Annual report on the working of the mental hospitals in the Madras Presidency - 1912-1932
Year: 1912
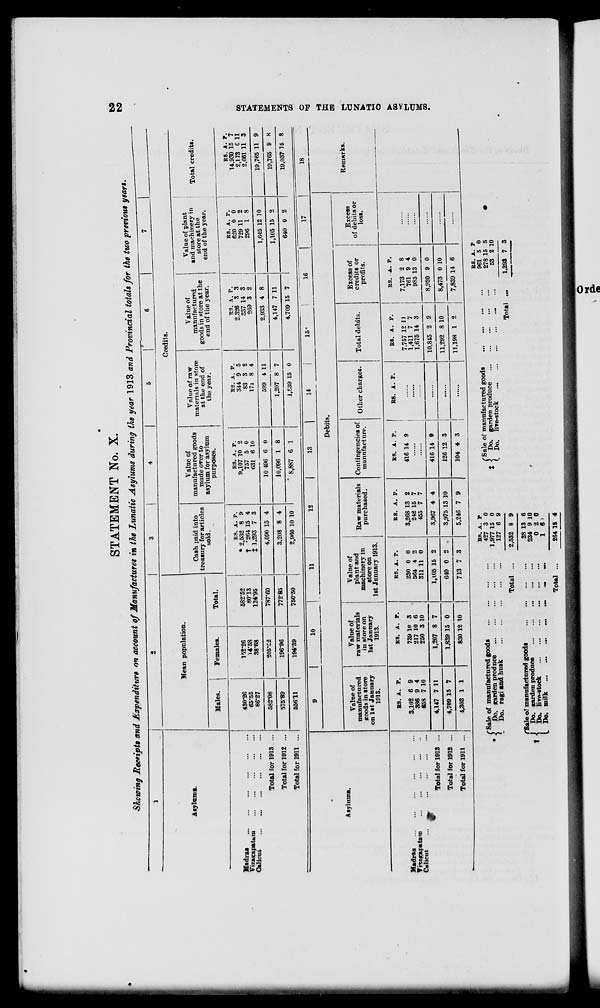
I
STATEMENT No. X.
Skewing Receipts and Expenditure on account of Manufactures in the Lunatic Asylums during the year 1913 and Provincial totals for the two previous years-
1
2
3
1
*
1
6
7
Mean population.
Credits.
Aayloma.
Cash paid into
treasury for articles
sold.
Value of
manufactured goods
made over to
asylum for asylum
purposes.
Value of raw
materials in store
at the end of
the year.
Value of
manufactured
goods in store at the
end of the year.
1
Value of plant
and machinery in
Total cre dits.
store at the
end of the year.
Males.
1
Females.
Total.
1
Madias
Vizaeapatara
Caliciu
".
430*26
65'55
86*27
152-26
14-58
38*68
582-52
80-13
124*95
RS. A. P.
• 2,532 8 9
t '264 15 4
t 1,293 7 »
RS. A. P.
9.107 10 2
757 5 0
631 6 10
RS. A. P.
344 9 5
83 3 2
171 8 4
RS. A. P.
2,326 3 3
337 14 3
269 3 2
RS. A. P.
620 0 0
729 11 2
296 1 8
RS. A. 7.
14,930 15 7
2,173 Cll
2,661 11 3
Total for 1913 ...
582*08
205-C2
787-60
4,090 15 4
10 496 6 0
599 4 11
2,933 4 8
1,645 12 10
19,765 11 9
Total for 1912 ...
575-89
196-96
772-85
3.208 8 4
10,096 1 8
1,207 8 7
4,147 7 11
1,105 15 2
19,765 9 8
Total for 1911 ...
556*11
194-39
750-50
2,960 10 10
8,887 6 1
1,839 15 0
4,709 15 7
640 0 2
19,037 15 8
(Sale of manufactured goods
• < Do. garden produce
*. Do. ragi and husk
KS. A. P
427 3 0
1,977 15 0
127 6 9
(Sale of manufactured goods
X < Do. garden produce
(. Do. liTe-stock
Total
f Sale of manufactured goods
J Do. garden produce
Do.
Do.
live-stock
milk
Total
2,532 8 9
28 13 6
234 9 10
0 2 0
1 6
264 IB 4
••'
B8. A. P
961 5 0
278 15 5
53 2 10
Total ...
1,298 7 3
9
10
11
12
IS
14
15"
16
17
18
•
Debits.
Asylums.
Value of
manufactured
poods in store
on 1st January
1913.
Value of
raw materials
in store on
1st January
1913.
Value of
plant and
machinery in
store on
1st January 1913.
Raw materials
purchased.
Contingencies of
manufacture.
Other charges.
Total debits.
Excess of
credits or
profits.
Excess
of debits or
loss.
Remarks.
Madras
Vi»agapats>D
Calicut
...
Total for 1913 ...
BS. A. P.
3,102 6 9
386 9 4
658 7 10
R8. A. P.
739 10 S
217 10 6
250 3 10
RS. A. P.
230 0 0
564 4 2
811 11 0
RS. A. P.
8,268 13 2
242 15 7
455 7 7
RS. A. P.
R8. A. P.
1
416 14 9
RS. A. P.
7,757 12 11
1,411 7 7
1,675 14 3
RS. A. P.
7,173 2 8
761 9 4
985 13 0
4,147 7 11
1,207 8 7
1,105 15 2
3,967 4 4
416 14 9
10,815 2 9
8,920 9 0
Total for 1912 ...
4,709 15 7
1,839 15 0
040 0 2
3,975 13 10
126 12 3
11,292 8 10
8,473 0 10
Total for 1911 ...
4,303 1 1
830 12 1.0
713 7 3
5,246 7 9
11,198 1 2
7,839 14 6
td
CO
ti
K
>-3
m
C
H
te
s
>
■<
a
K CO